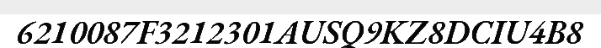
6210087F3212301AUSQ9KZ8DCIU4B8